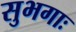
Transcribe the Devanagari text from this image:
सुभगाः